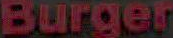
Burger